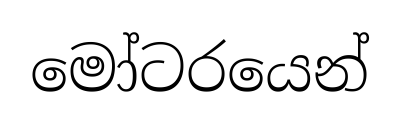
මෝටරයෙන්